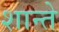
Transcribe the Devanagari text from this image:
शान्ते